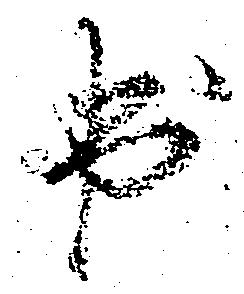
出